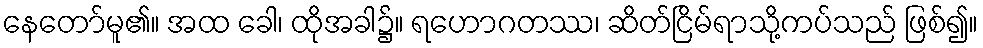
နေတော်မူ၏။ အထ ခေါ၊ ထိုအခါ၌။ ရဟောဂတဿ၊ ဆိတ်ငြိမ်ရာသို့ကပ်သည် ဖြစ်၍။